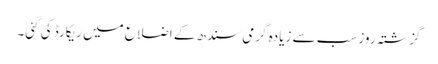
گزشتہ روز سب سے زیادہ گرمی سندھ کے اضلاع میں ریکارڈ کی گئی۔